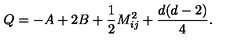
Q = - A + 2 B + \frac { 1 } { 2 } M _ { i j } ^ { 2 } + \frac { d ( d - 2 ) } { 4 } .